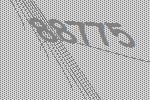
88775